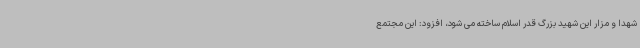
شهدا و مزار این شهید بزرگ قدر اسلام ساخته می شود، افزود: این مجتمع